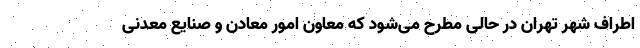
اطراف شهر تهران در حالی مطرح می‌شود که معاون امور معادن و صنایع معدنی